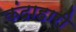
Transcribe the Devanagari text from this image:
कंदाहारी